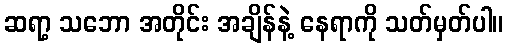
ဆရာ့ သဘော အတိုင်း အချိန်နဲ့ နေရာကို သတ်မှတ်ပါ။